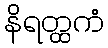
နိရတ္ထကံ